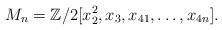
LaTeX: \begin{align*}M_n=\mathbb{Z}/2[x_2^2, x_3, x_{41}, \dots, x_{4n}].\end{align*}